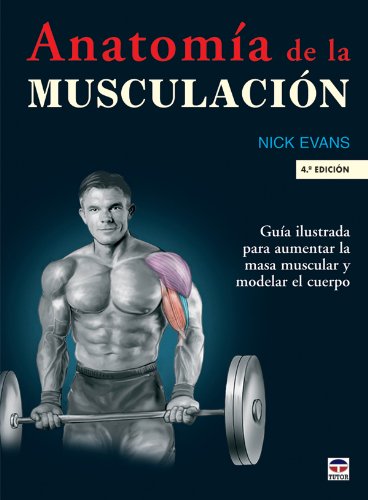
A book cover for Anatomia De La Musculacion (Spanish Edition); Nick Evans; Health, Fitness & Dieting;